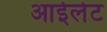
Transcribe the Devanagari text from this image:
आईलेट